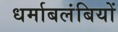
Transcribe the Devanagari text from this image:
धर्माबलंबियों